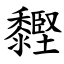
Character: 䵛